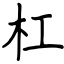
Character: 杠